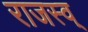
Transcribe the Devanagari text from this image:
राजस्व्